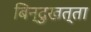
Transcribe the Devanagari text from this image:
बिन्दुखत्ता